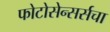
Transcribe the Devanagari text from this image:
फोटोसेन्सर्सचा